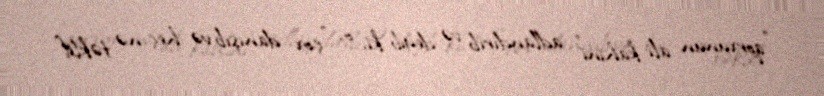
"qorxunun ali kahini" adlandırıb və deyib ki, o, "çox danışıb və heç nə təklif